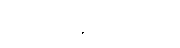
အသုံးပြုခြင်းခံရသော